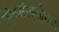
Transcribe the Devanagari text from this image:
लोकसंस्कृतीमध्ये